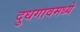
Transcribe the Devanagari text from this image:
दुधगावमध्ये